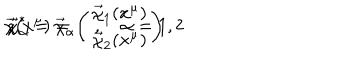
\vec { \chi } ( x ^ { \mu } ) = \left( \begin{array} { c } { { \vec { \chi } _ { 1 } ( x ^ { \mu } ) } } \\ { { \vec { \chi } _ { 2 } ( x ^ { \mu } ) } } \\ \end{array} \right) \hspace { 0 . 5 c m } , \hspace { 0 . 5 c m } \vec { \chi } _ { \alpha } ^ { * } = \vec { \chi } _ { \alpha } \quad , \quad \alpha = 1 , 2